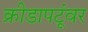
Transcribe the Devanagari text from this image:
क्रीडापटूंवर